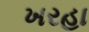
ખરહા